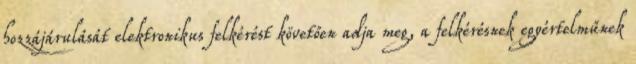
hozzájárulását elektronikus felkérést követően adja meg, a felkérésnek egyértelműnek